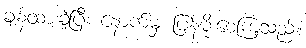
ချန်ထားခဲ့ပြီး နောက်မှ ပြန်မိုးစေကြသည်။